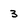
Character: 3